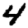
Digit: 4